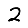
Digit: 2